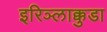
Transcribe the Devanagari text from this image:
इरिञ्लाक्कुडा